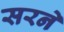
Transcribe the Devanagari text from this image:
सरने